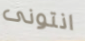
انتونى